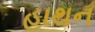
હાથન